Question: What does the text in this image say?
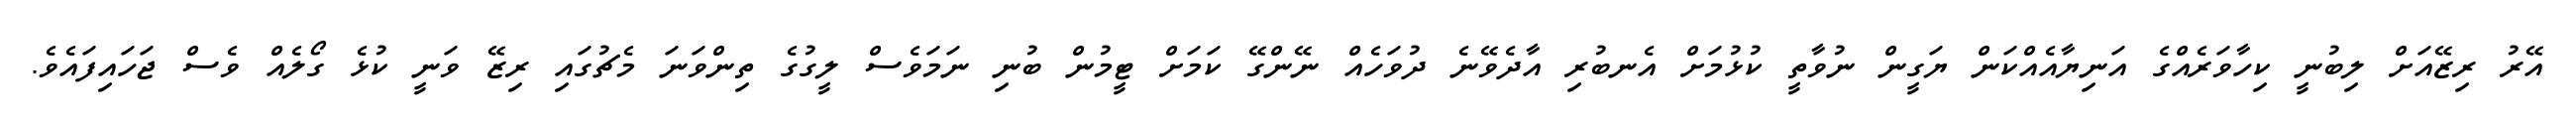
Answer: އޭރު ރިޒޭއަށް ލިބުނީ ކިހާވަރެއްގެ އަނިޔާއެއްކަން ޔަގީން ނުވާތީ ކުޅުމަށް އެނބުރި އާދެވޭނެ ދުވަހެއް ނޭންގޭ ކަމަށް ޓީމުން ބުނި ނަމަވެސް ލީގުގެ ތިންވަނަ މެޗުގައި ރިޒޭ ވަނީ ކުޅެ ގޯލެއް ވެސް ޖަހައިފައެވެ.